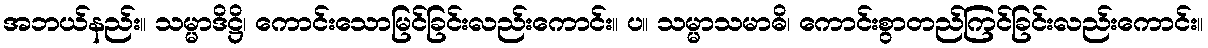
အဘယ်နည်း။ သမ္မာဒိဋ္ဌိ၊ ကောင်းသောမြင်ခြင်းလည်းကောင်း။ ပ။ သမ္မာသမာဓိ၊ ကောင်းစွာတည်ကြင်ခြင်းလည်းကောင်း။